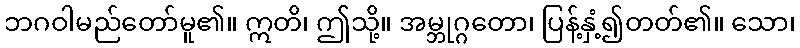
ဘဂဝါမည်တော်မူ၏။ ဣတိ၊ ဤသို့။ အမ္ဘုဂ္ဂတော၊ ပြန့်နှံ့၍တတ်၏။ သော၊